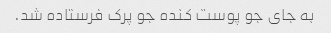
به جاى جو پوست کنده جو پرک فرستاده شد.